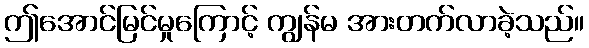
ဤအောင်မြင်မှုကြောင့် ကျွန်မ အားတက်လာခဲ့သည်။